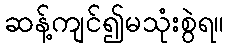
ဆန့်ကျင်၍မသုံးစွဲရ။